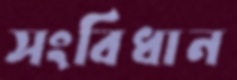
সংবিধান